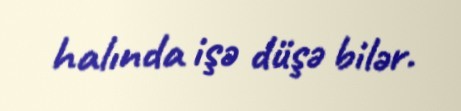
halında işə düşə bilər.